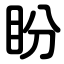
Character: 盼